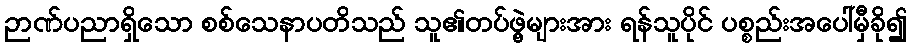
ဉာဏ်ပညာရှိသော စစ်သေနာပတိသည် သူ၏တပ်ဖွဲ့များအား ရန်သူပိုင် ပစ္စည်းအပေါ်မှီခို၍